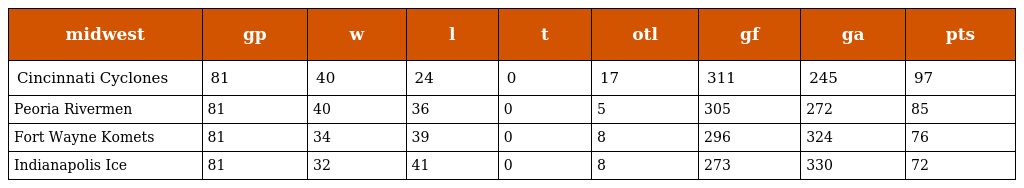
| midwest | gp | w | l | t | otl | gf | ga | pts |
 | --- | --- | --- | --- | --- | --- | --- | --- | --- |
 | Cincinnati Cyclones | 81 | 40 | 24 | 0 | 17 | 311 | 245 | 97 |
 | Peoria Rivermen | 81 | 40 | 36 | 0 | 5 | 305 | 272 | 85 |
 | Fort Wayne Komets | 81 | 34 | 39 | 0 | 8 | 296 | 324 | 76 |
 | Indianapolis Ice | 81 | 32 | 41 | 0 | 8 | 273 | 330 | 72 |